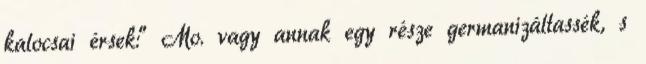
kalocsai érsek:” Mo. vagy annak egy része germanizáltassék, s